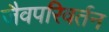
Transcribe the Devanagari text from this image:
जैवपरिवर्तन